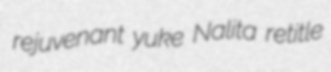
rejuvenant yuke Nalita retitle